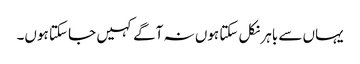
یہاں سے باہر نکل سکتا ہوں نہ آگے کہیں جا سکتا ہوں۔